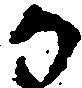
か